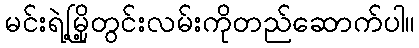
မင်းရဲ့မြို့တွင်းလမ်းကိုတည်ဆောက်ပါ။